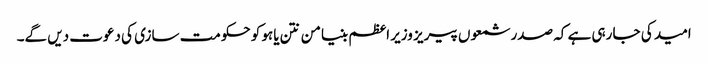
امید کی جا رہی ہے کہ صدر شمعوں پیریز وزیر اعظم بنیامن نتن یاہو کو حکومت سازی کی دعوت دیں گے۔